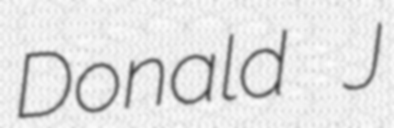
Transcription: Donald J